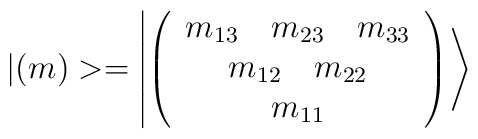
|(m)>=\left |\left (\begin{array}{c}m_{13}~~~m_{23}~~~m_{33}\\m_{12}~~~m_{22}\\m_{11}\end{array}\right )\right >